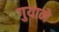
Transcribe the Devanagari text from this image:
गुयाने